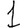
Digit: 1